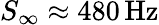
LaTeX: S_{\infty}\approx 480\, \mathrm{Hz}